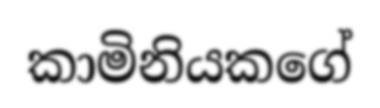
කාමිනියකගේ